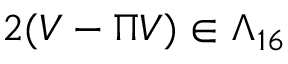
2 ( V - \Pi V ) \in \Lambda _ { 1 6 }